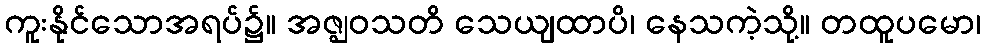
ကူးနိုင်သောအရပ်၌။ အဇ္ဈဝသတိ သေယျထာပိ၊ နေသကဲ့သို့။ တထူပမော၊